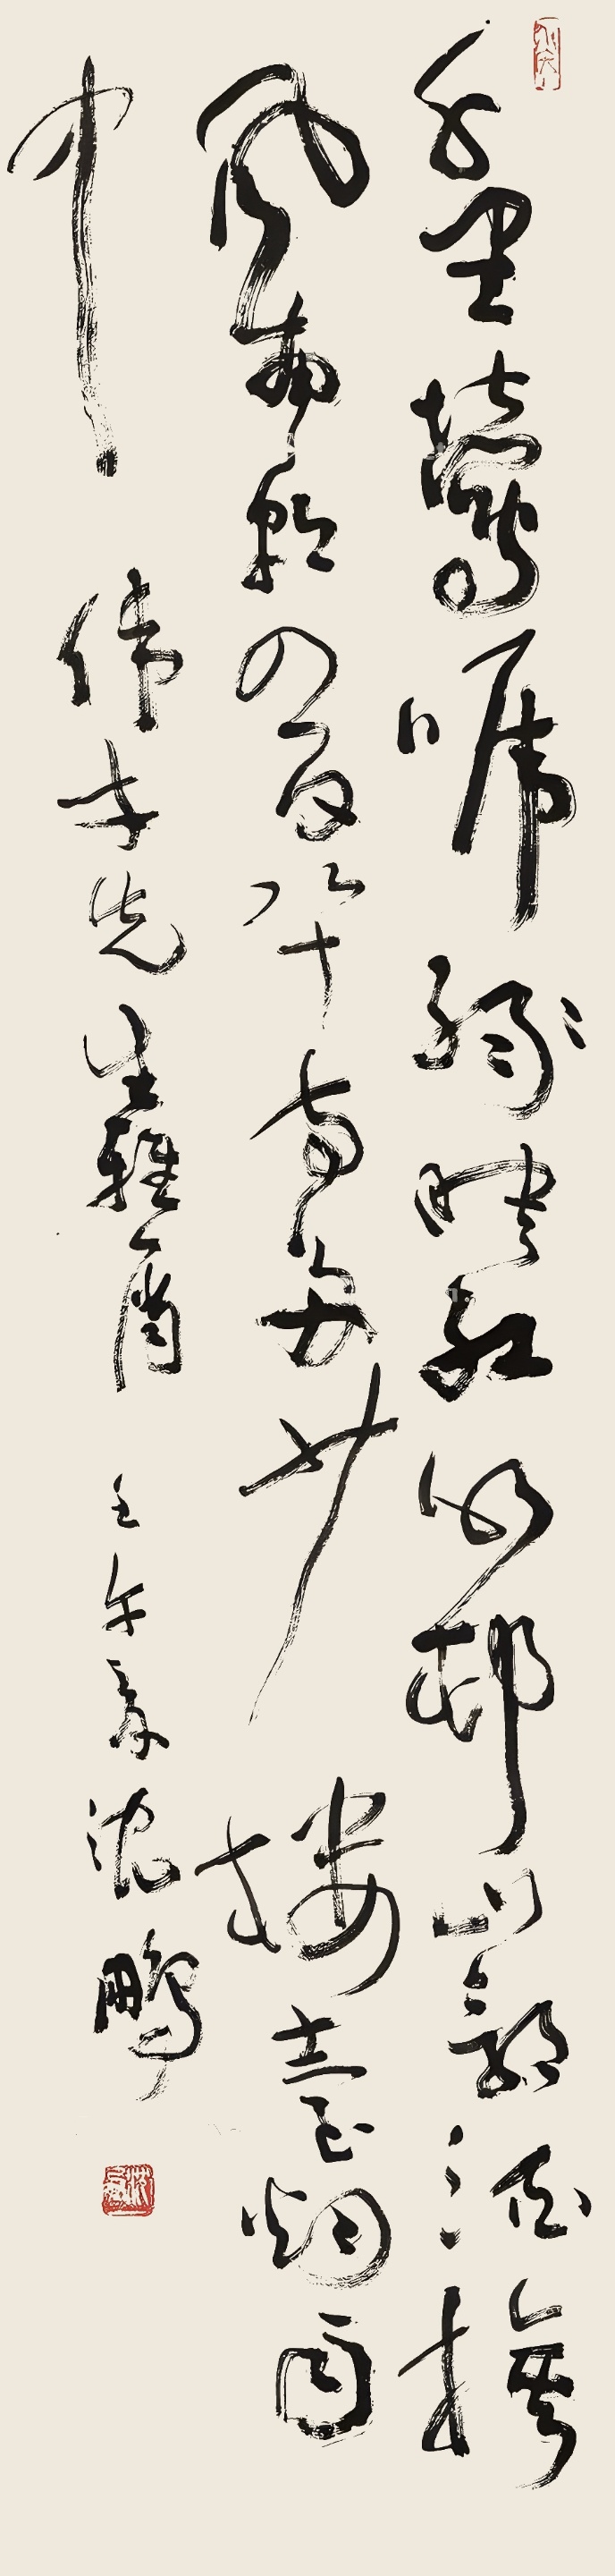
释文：千里莺啼绿映红，水村山郭酒旗风。南朝四百八十寺，多少楼台烟雨中。伟才先生雅属。壬午（2002年）夏，沈鹏。